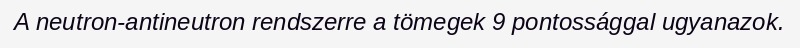
A neutron-antineutron rendszerre a tömegek 9 pontossággal ugyanazok.